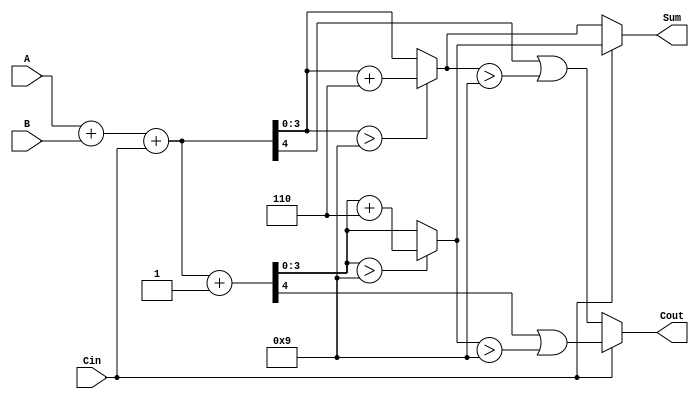
module BCD_MCSA (
    input  [3:0] A,      // 4-bit BCD input A
    input  [3:0] B,      // 4-bit BCD input B
    input        Cin,     // Carry-in
    output reg [3:0] Sum, // 4-bit BCD output
    output reg Cout       // Carry-out
);

    // Intermediate signals for binary addition
    wire [4:0] sum0, sum1; // 5-bit to accommodate carry
    wire C0, C1;           // Carry outputs for both paths

    // Initial binary addition (without BCD correction)
    assign sum0 = A + B + Cin;          // Path for carry-in = 0
    assign sum1 = A + B + Cin + 5'b00001; // Path for carry-in = 1
    assign C0 = sum0[4]; // Carry out for sum0
    assign C1 = sum1[4]; // Carry out for sum1

    // BCD Correction Logic
    wire [3:0] corrected_sum0, corrected_sum1;
    wire correction0, correction1;

    assign corrected_sum0 = (sum0[3:0] > 4'd9) ? (sum0[3:0] + 4'd6) : sum0[3:0];
    assign corrected_sum1 = (sum1[3:0] > 4'd9) ? (sum1[3:0] + 4'd6) : sum1[3:0];

    // Determine the final sum and carry-out based on carry-in
    always @(*) begin
        if (Cin == 1'b0) begin
            Sum = corrected_sum0;
            Cout = C0 || (corrected_sum0 > 4'd9);
        end else begin
            Sum = corrected_sum1;
            Cout = C1 || (corrected_sum1 > 4'd9);
        end
    end

endmodule